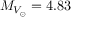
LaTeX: M _ { V _ { \odot } } = 4 . 8 3